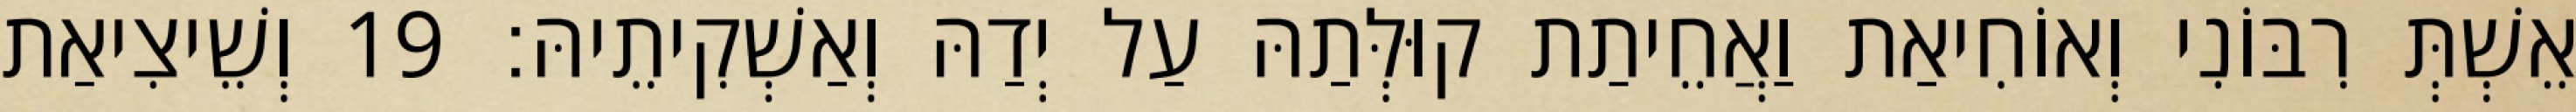
אֵשְׁתְּ רִבּוֹנִי וְאוֹחִיאַת וַאֲחֵיתַת קוּלְּתַהּ עַל יְדַהּ וְאַשְׁקִיתֵיהּ׃ 19 וְשֵׁיצִיאַת